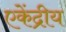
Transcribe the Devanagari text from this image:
एकेंद्रीय